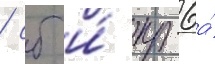
/ сб и́ кр-6а́